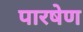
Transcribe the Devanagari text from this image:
पारषेण